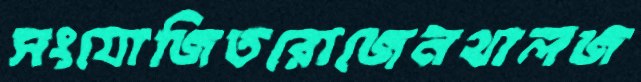
সংযোজিতরোজেনথালজ